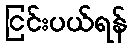
ငြင်းပယ်ရန်